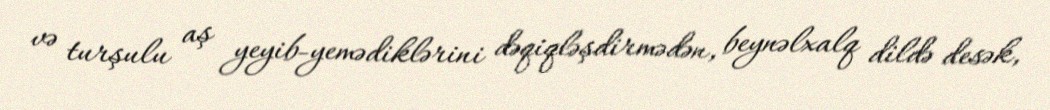
və turşulu aş yeyib-yemədiklərini dəqiqləşdirmədən, beynəlxalq dildə desək,